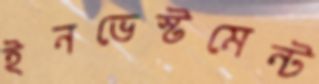
ইনভেস্টমেন্ট